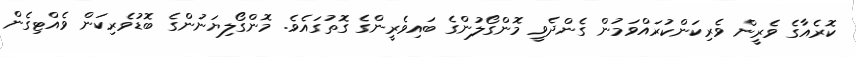
ކޮރެއާގެ ވެރީން ވެރިކަންކުރައްވަމުން ގެންދެވީ މޮންގޯލުންގެ ބައިވެރީންގެ ގޮތުގައެވެ. މޮންގޯލިޔަނުންގެ ބޮޑުވެރިކަން ވެއްޓިގެން